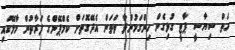
ހަތް ސިޔާސީ ޕާޓީ ގުޅިގެން ހިންގަމުންދާ ވަތަން އެދޭގޮތަށް ކެމްޕޭންގެ ފަރާތުން މާލޭގައި